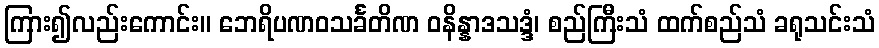
ကြား၍လည်းကောင်း။ ဘေရိပဏဝသင်္ခတိဏ ဝနိန္နာဒသဒ္ဒံ၊ စည်ကြီးသံ ထက်စည်သံ ခရုသင်းသံ